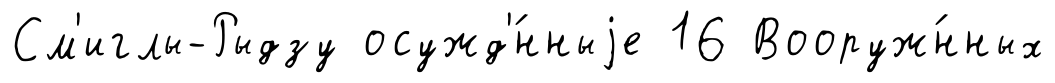
См'иглы-Рыдзу осужд'́нныjе 16 Вооруж́нных